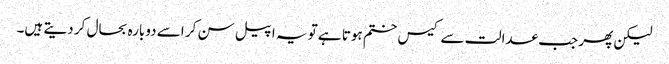
لیکن پھر جب عدالت سے کیس ختم ہوتا ہے تو یہ اپیل سن کر اسے دوبارہ بحال کر دیتے ہیں۔